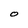
Character: O